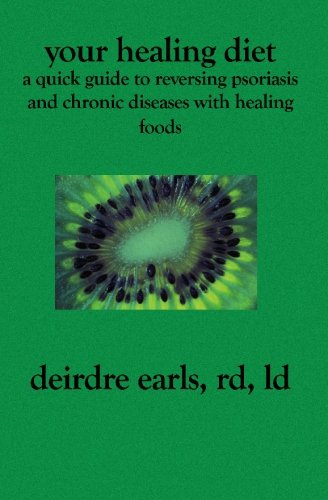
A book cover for Your Healing Diet: A Quick Guide to Reversing Psoriasis and Chronic Diseases with Healing Foods; Deirdre Earls RD LD; Medical Books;